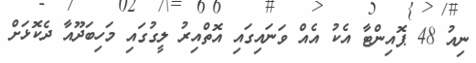
ނިއު 48 ޕޮއިންޓާ އެކު އެއް ވަނައިގައި އޮތްއިރު ލީގުގައި މަހިބަދޫއާ ދެކޮޅަށް